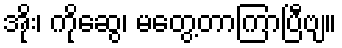
အိုး၊ ကိုဆွေ၊ မတွေ့တာကြာပြီဗျ။